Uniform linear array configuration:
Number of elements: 32
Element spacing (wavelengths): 0.5
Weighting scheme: blackman
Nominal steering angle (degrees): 30
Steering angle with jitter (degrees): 29.507
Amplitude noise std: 0.05
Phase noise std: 0.05

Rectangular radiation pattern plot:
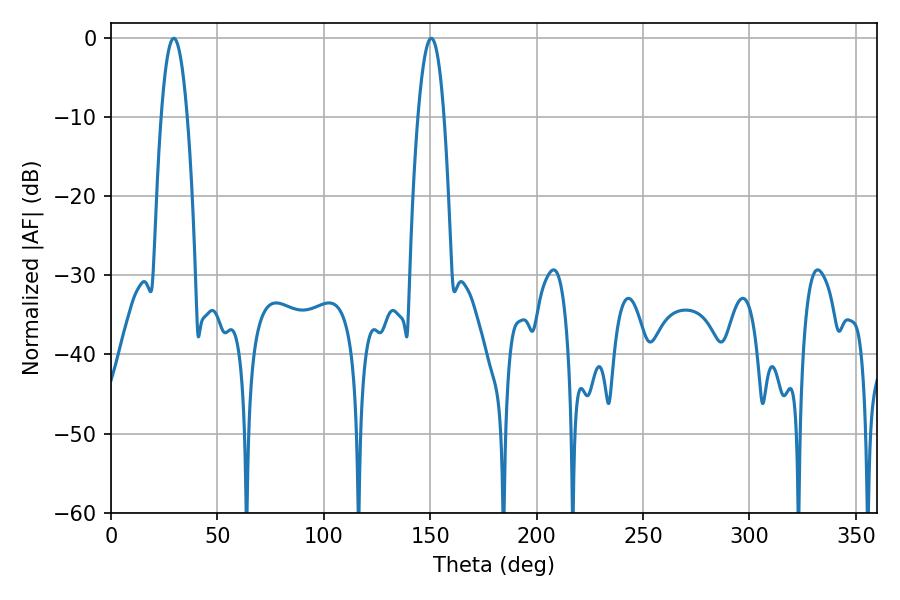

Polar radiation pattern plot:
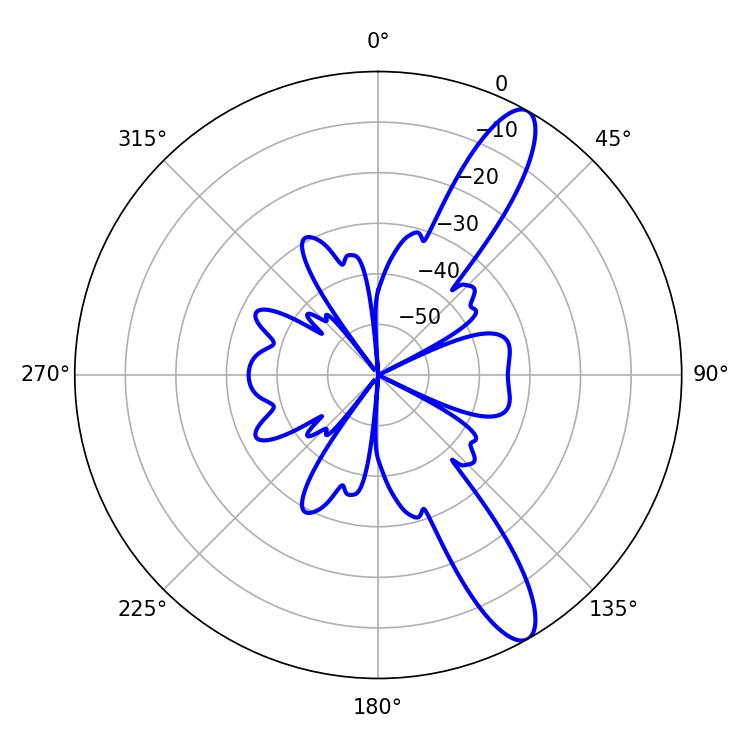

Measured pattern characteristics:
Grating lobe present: FALSE
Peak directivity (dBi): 12.033
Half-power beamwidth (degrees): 6.66
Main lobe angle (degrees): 29.52